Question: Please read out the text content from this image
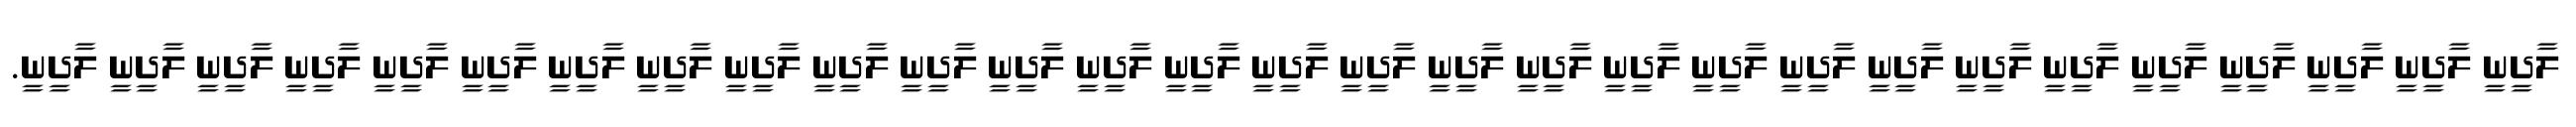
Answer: ލާދީނީ ލާދީނީ ލާދީނީ ލާދީނީ ލާދީނީ ލާދީނީ ލާދީނީ ލާދީނީ ލާދީނީ ލާދީނީ ލާދީނީ ލާދީނީ ލާދީނީ ލާދީނީ ލާދީނީ ލާދީނީ ލާދީނީ ލާދީނީ ލާދީނީ ލާދީނީ ލާދީނީ ލާދީނީ ލާދީނީ ލާދީނީ ލާދީނީ ލާދީނީ ލާދީނީ ލާދީނީ ލާދީނީ.